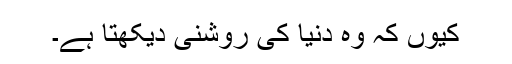
کیوں کہ وہ دنیا کی روشنی دیکھتا ہے۔